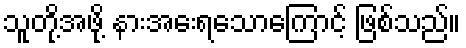
သူတို့အဖို့ နားအေးရသောကြောင့် ဖြစ်သည်။